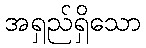
အရှည်ရှိသော